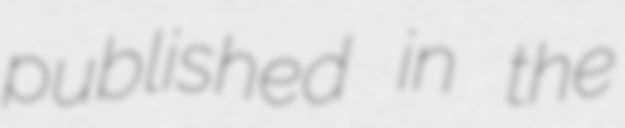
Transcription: published in the